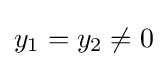
y_{1}=y_{2}\neq 0